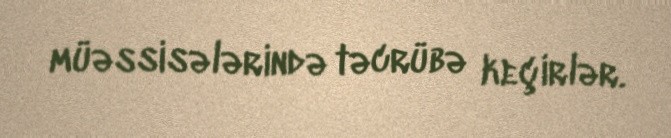
müəssisələrində təcrübə keçirlər.